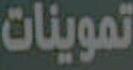
تموينات